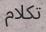
تكلام